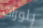
بلورات